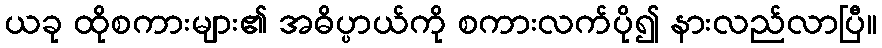
ယခု ထိုစကားများ၏ အဓိပ္ပာယ်ကို စကားလက်ပို၍ နားလည်လာပြီ။